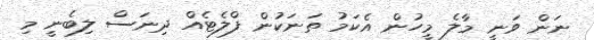
ނަން ވަނީ މާލެ މީހުން އެކަމު ތަނަކުން ފްލެޓެއް ދިނަސް ލިބެނީ މި